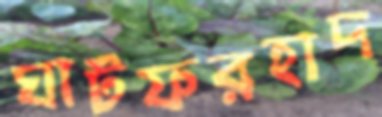
ঘাটফরহাদ